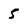
Character: 5